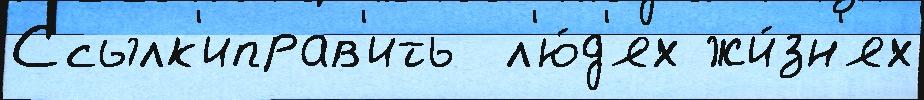
Ссылк'иправ'ить  л'ю́д'ях жи́зн'ях